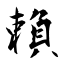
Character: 賴